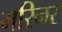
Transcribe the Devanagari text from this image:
मरिनर